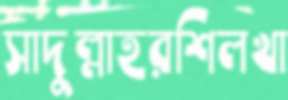
সাদুল্লাহরশিলখা